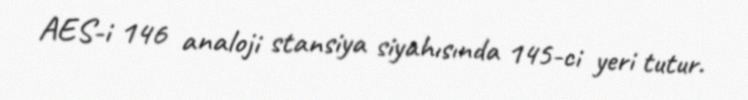
AES-i 146 analoji stansiya siyahısında 145-ci yeri tutur.